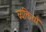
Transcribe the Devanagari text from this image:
व्यक्तियाँ